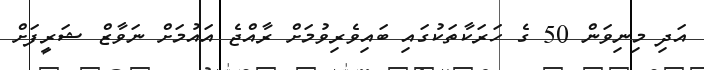
އަދި މިނިވަން 50 ގެ ހަރަކާތަކުގައި ބައިވެރިވުމަށް ރާއްޖެ އައުމަށް ނަވާޒް ޝަރީފަށް